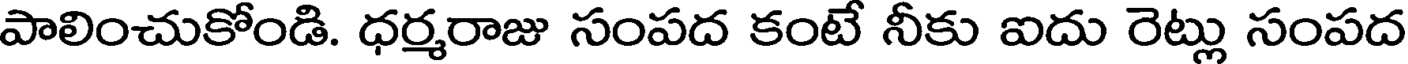
పాలించుకోండి. ధర్మరాజు సంపద కంటే నీకు ఐదు రెట్లు సంపద